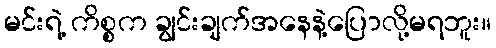
မင်းရဲ့ ကိစ္စက ချွင်းချက်အနေနဲ့ပြောလို့မရဘူး။